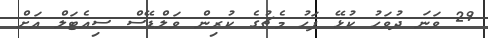
29 ވަނަ ދުވަހު ކުޅޭ ފަހު މެޗުގެ ކުރިން ވަލްޑޭސް ސިއެޓަލް އަށް